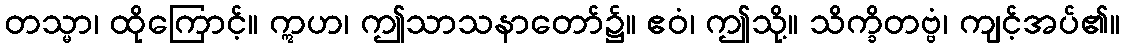
တသ္မာ၊ ထိုကြောင့်။ ဣဟ၊ ဤသာသနာတော်၌။ ဧဝံ၊ ဤသို့။ သိက္ခိတဗ္ဗံ၊ ကျင့်အပ်၏။